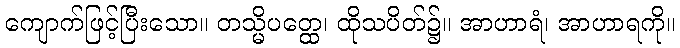
ကျောက်ဖြင့်ပြီးသော။ တသ္မိပတ္ထေ၊ ထိုသပိတ်၌။ အာဟာရံ၊ အာဟာရကို။